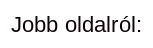
Jobb oldalról: